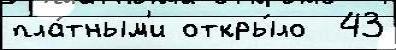
пла́тным'и откры́ло  43